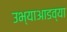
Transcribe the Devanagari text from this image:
उभ्याआडव्या